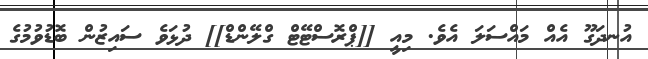
އުނދަގޫ އެއް މައްސަލަ އެވެ. މިއީ [[ޕްރޮސްޓޭޓް ގްލޭންޑް]] ދުޅަވެ ސައިޒުން ބޮޑުވުމުގެ